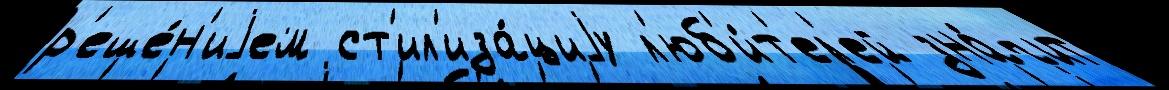
р'еше́н'иjем ст'ил'иза́циjу л'юб'и́т'ел'ей зна́чит